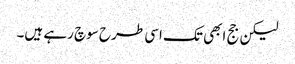
لیکن جج ابھی تک اسی طرح سوچ رہے ہیں۔